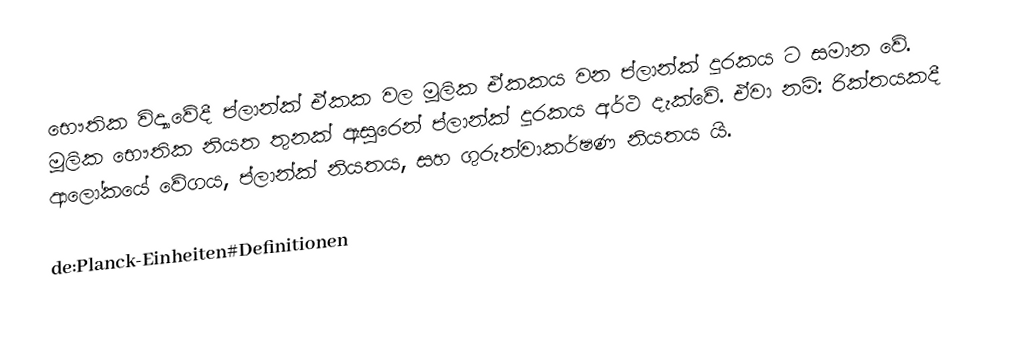
භෞතික විද්‍යාවේදී ප්ලාන්ක් ඒකක වල මූලික ඒකකය වන ප්ලාන්ක් දූරකය  ට සමාන වේ. මූලික භෞතික නියත තුනක් ඇසුරෙන් ‍ප්ලාන්ක් දූරකය අර්ථ දැක්වේ. ඒවා නම්: රික්තයකදී ආලෝකයේ වේගය, ප්ලාන්ක් නියතය, සහ ගුරුත්වාකර්ෂණ නියතය යි.

de:Planck-Einheiten#Definitionen